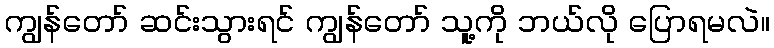
ကျွန်တော် ဆင်းသွားရင် ကျွန်တော် သူ့ကို ဘယ်လို ပြောရမလဲ။